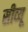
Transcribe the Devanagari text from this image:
सीव्‍यू